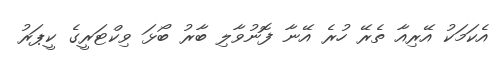
އެކަމަކު އޭރިއާ ތެރޭ ހުރެ އޭނާ ފޮނުވާލި ބާރު ބޯޅަ ވިކްޓަރީގެ ކީޕަރު